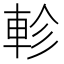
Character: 軫